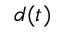
d ( t )